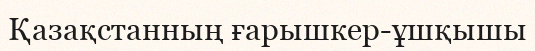
Қазақстанның ғарышкер-ұшқышы